Report on plague in the Punjab from October 1st ... to September 30th ..., being the ... season of plague in the province
Disease focus: Plague
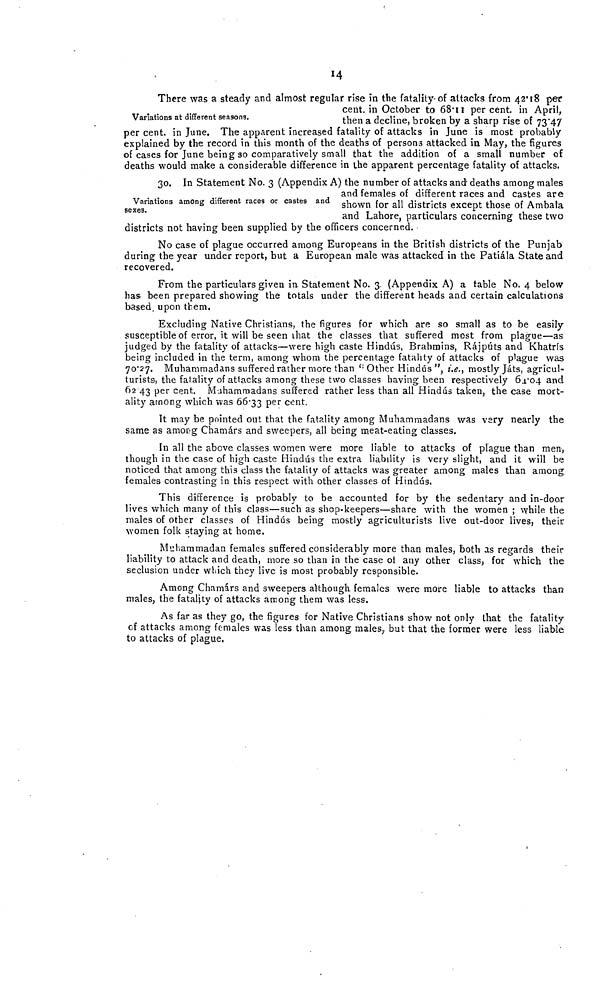
14
Variations at different seasons.
There was a steady and almost regular rise in the fatality of attacks from 42 18 per
cent, in October to 68 11 per cent. in April,
Varitions at different seasons.
then a decline, broken by a sharp rise of 73 47
per cent, in June. The apparent increased fatality of attacks in June is most probably
explained by the record in this month of the deaths of persons attacked in May, the figures
of cases for June being so comparatively small that the addition of a small number of
deaths would make a considerable difference in the apparent percentage fatality of attacks.
Variations among different races or caste9 and
sexes.
30. In Statement No. 3 (Appendix A) the number of attacks and deaths among males
and females of different races and castes are
Varitions among different races or castes and shown for all districts except those of Ambala
and Lahore, particulars concerning these two
districts not having been supplied by the officers concerned.
No case of plague occurred among Europeans in the British districts of the Punjab
during the year under report, but a European male was attacked in the Patiála State and
recovered.
From the particulars given in. Statement No. 3. (Appendix A) a table No. 4 below
has been prepared showing the totals under the different heads and certain calculations
based, upon them.
Excluding Native Christians, the figures for which are so small as to be easily
susceptible of error, it will be seen that the classes that suffered most from plague—as
judged by the fatality of attacks—were high caste Hindus, Brahmins, Rájpúts and Khatris
being included in the term, among whom the percentage fatality of attacks of plague was
70*27. Muhammadans suffered rather more than <: Other Hindus", i.e., mostly Játs, agricul-
turists, the fatality of attacks among these two classes having been respectively 64*04 and
62 43 per cent. Mahamraadans suffered rather less than all Hindus taken, the case mort-
ality among which was 66'33 per cent.
It may be pointed out that the fatality among Muhammadans was vsry nearly the
same as amopg Chamárs and sweepers, all being meat-eating classes.
In all the above classes women were more liable to attacks of plague than men,
though in the case of high caste Hindus the extra liability is very slight, and it will be
noticed that among this class the fatality of attacks was greater among males than among
females contrasting in this respect with other classes of Hindus.
This difference is probably to be accounted for by the sedentary and in-door
lives which many of this class—such as shop-keepers—share with the women ; while the
males of other classes of Hindus being mostly agriculturists live out-door lives, their
women folk staying at home.
Muhammadan females suffered considerably more than males, both as regards their
liability to attack and death, more so than in the case ol any other class, for which the
seclusion under which they live is most probably responsible.
Among Chamárs and sweepers although females were more liable to attacks than
males, the fatality of attacks among them was less.
As far as they go, the figures for Native Christians show not only that the fatality
of attacks among females was less than among males, but that the former were less liable
to attacks of plague.